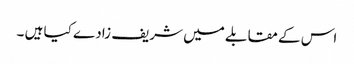
اس کے مقابلے میں شریف زادے کیا ہیں ۔